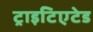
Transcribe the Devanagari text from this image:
ट्राइटिएटेड